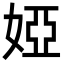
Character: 婭